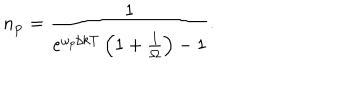
n _ { \bf p } = { \frac { 1 } { e ^ { \omega _ { p } / k T } \left( 1 + { \frac { 1 } { \Omega } } \right) - 1 } } .